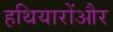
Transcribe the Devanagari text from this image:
हथियारोंऔर